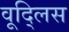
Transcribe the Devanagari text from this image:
वूद्लिस